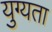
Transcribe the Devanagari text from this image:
युग्यता